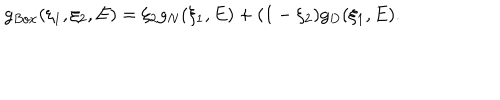
g _ { B o x } ( \xi _ { 1 } , \xi _ { 2 } , E ) = \xi _ { 2 } g _ { N } ( \xi _ { 1 } , E ) + ( 1 - \xi _ { 2 } ) g _ { D } ( \xi _ { 1 } , E ) .